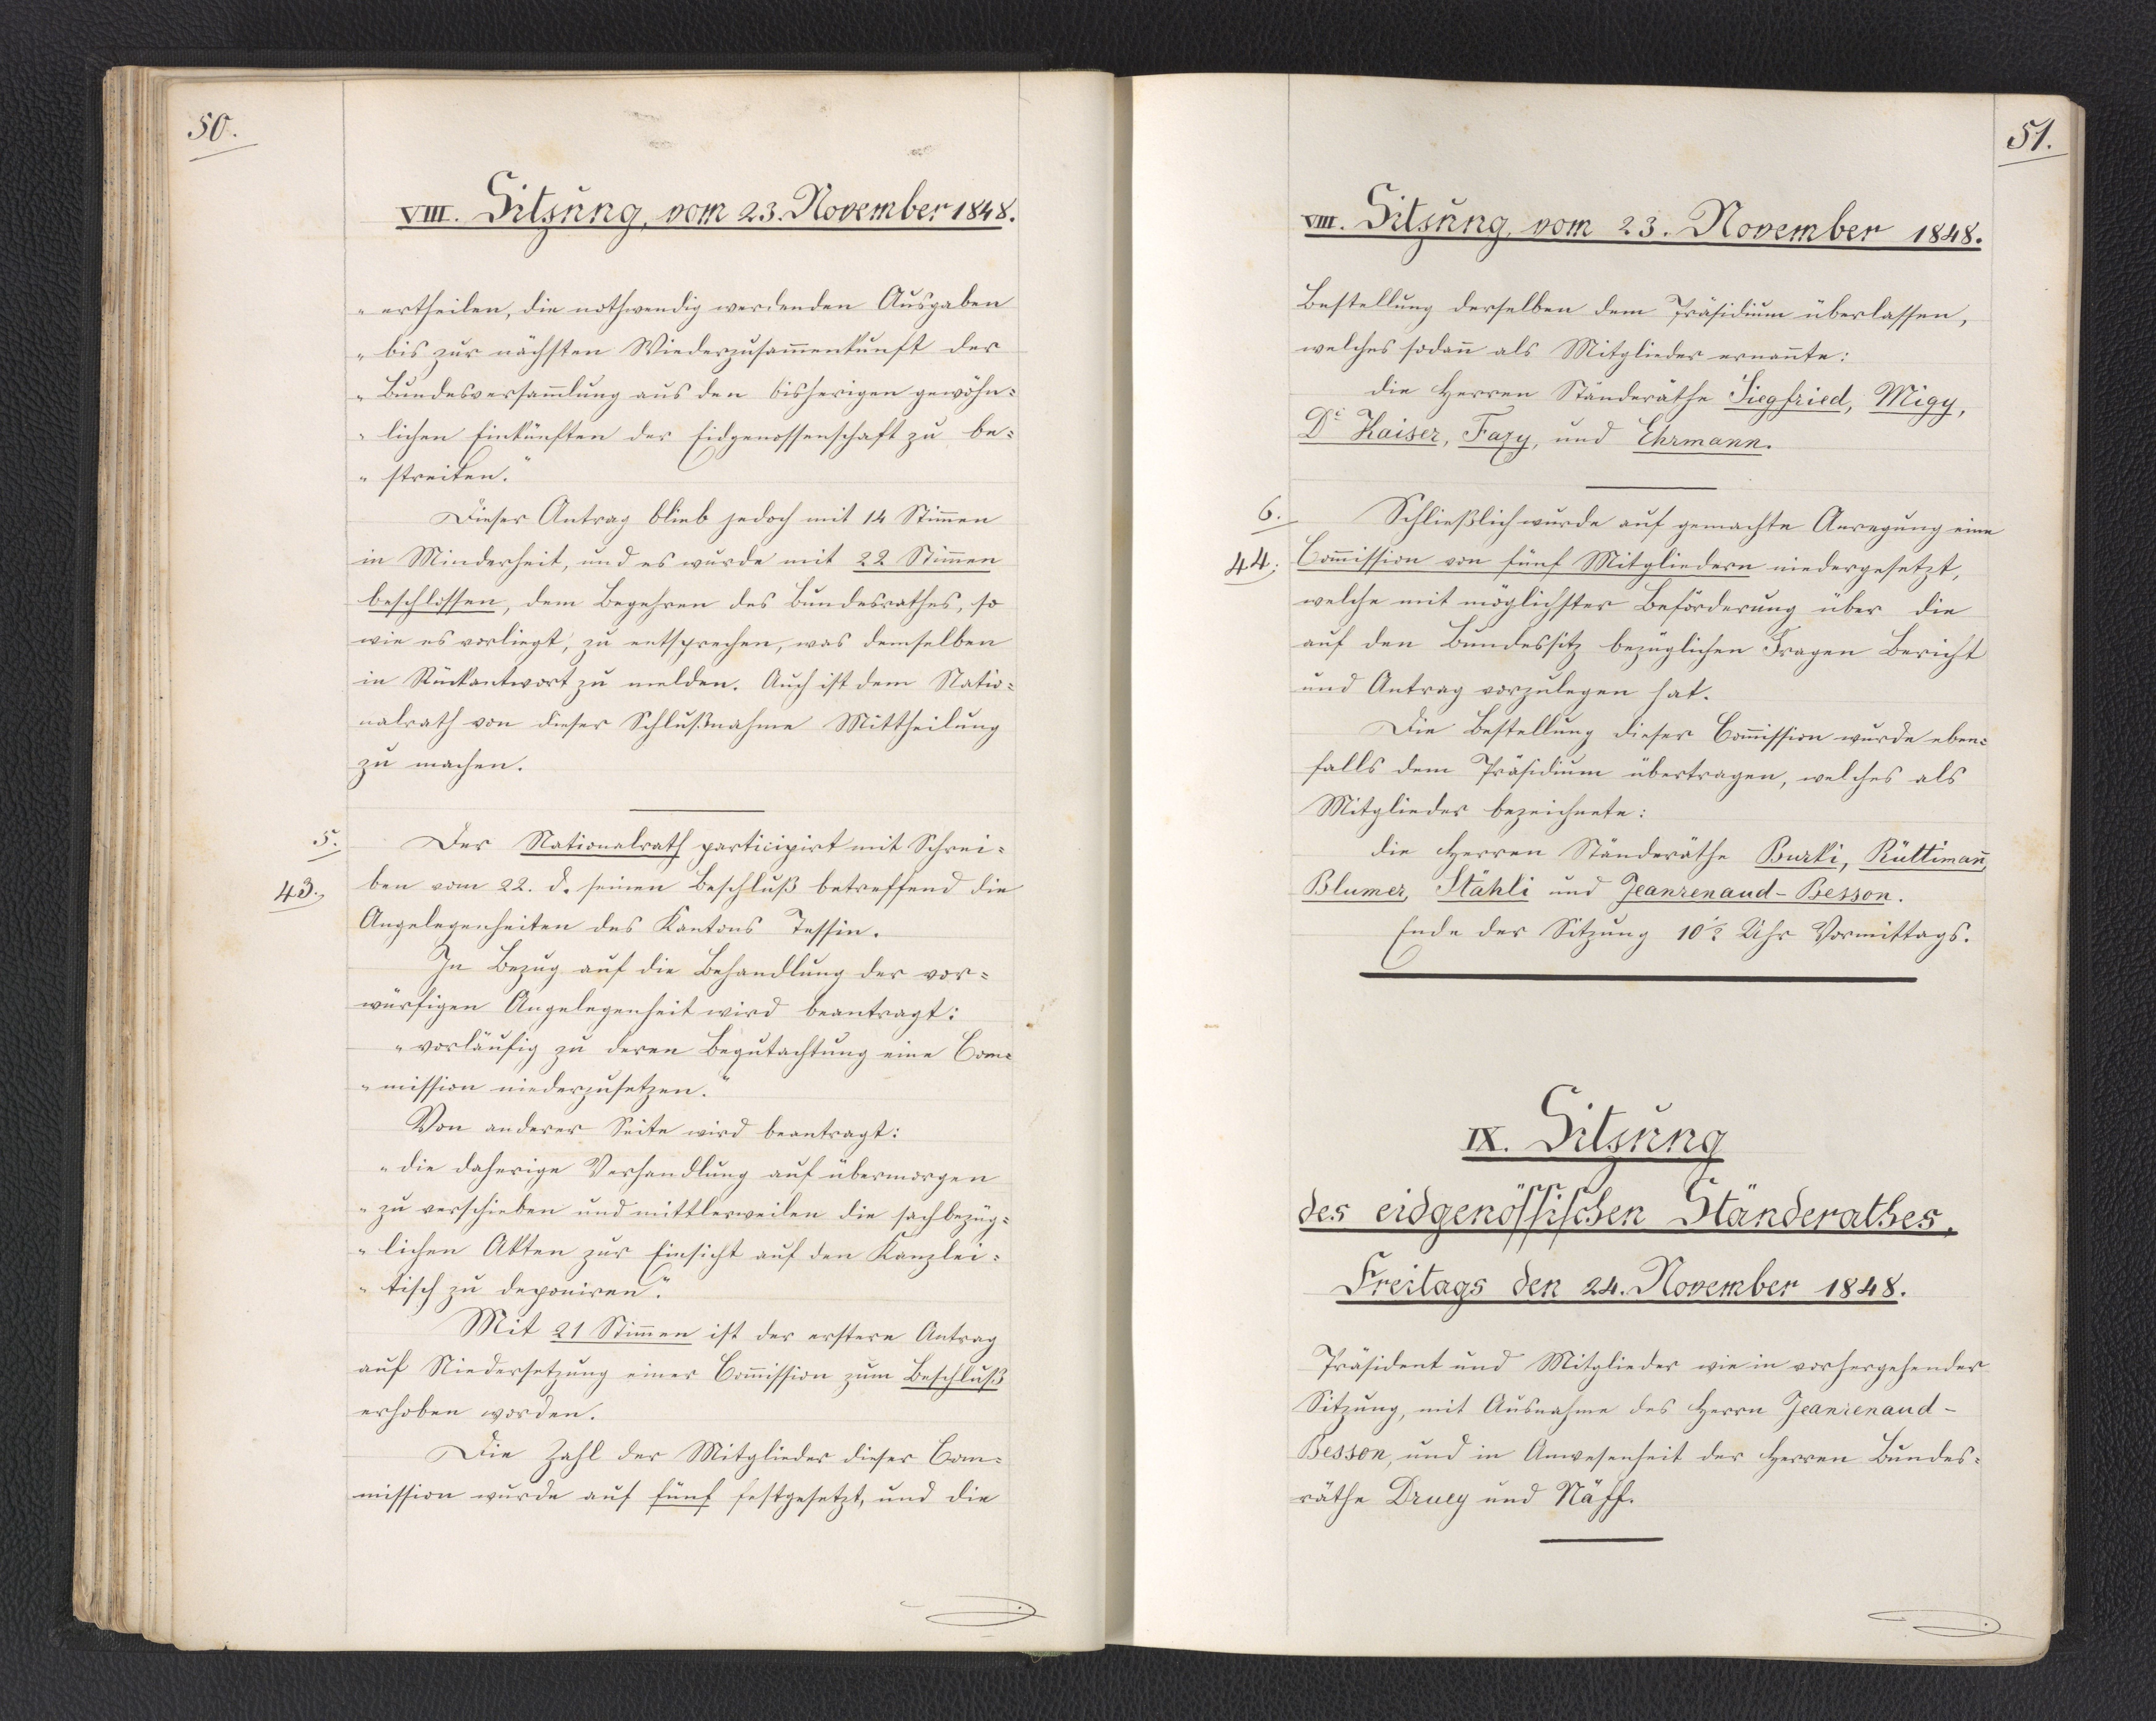
50.

VIII. Sitzung, vom 23. November 1848.

ertheilen, die nothwendig werdenden Ausgaben
bis zur nächsten Wiederzusammenkunft der
Bundesversammlung aus den bisherigen gewöhn¬
lichen Einkünften der Eidgenossenschaft zu be¬
streiten."
Dieser Antrag blieb jedoch mit 14 Stimmen
in Minderheit, und es wurde mit 22 Stimmen
beschlossen, dem Begehren des Bundesrathes, so
wie es vorliegt, zu entsprechen, was demselben
in Rückantwort zu melden. Auch ist dem Natio¬
nalrath von dieser Schlußnahme Mittheilung
zu machen.
Der Nationalrath participirt mit Schrei¬
ben vom 22. d. seinen Beschluß betreffend die
Angelegenheiten des Kantons Tessin.
In Bezug auf die Behandlung der vor¬
würfigen Angelegenheit wird beantragt:
"vorläufig zu deren Begutachtung eine Com¬
mission niederzusetzen."
Von anderer Seite wird beantragt:
"die daherige Verhandlung auf übermorgen
zu verschieben und mittlerweilen die sachbezüg¬
lichen Akten zur Einsicht auf den Kanzlei¬
tisch zu deponiren."
Mit 21 Stimmen ist der erstere Antrag
auf Niedersetzung einer Commission zum Beschluß
erhoben worden.
Die Zahl der Mitglieder dieser Com¬
mission wurde auf fünf festgesetzt, und die

5.
43.

51.

VIII. Sitzung, vom 23. November 1848.

Bestellung derselben dem Präsidium überlassen,
welches sodann als Mitglieder ernannte:
die Herren Ständeräthe Siegfried, Migy,
Dr. Kaiser, Fazy, und Ehrmann.
Schließlich wurde auf gemachte Anregung eine
Commission von fünf Mitgliedern niedergesetzt,
welche mit möglichster Beförderung über die
auf den Bundessitz bezüglichen Fragen Bericht
und Antrag vorzulegen hat.
Die Bestellung dieser Commission wurde eben¬
falls dem Präsidium übertragen, welches als
Mitglieder bezeichnete:
die Herren Ständeräthe Burki, Rüttimann,
Blumer, Stähli und Jeanrenaud-Besson.
Ende der Sitzung 10 1/2 Uhr Vormittags.

6.
44.